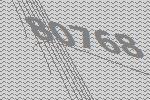
80768